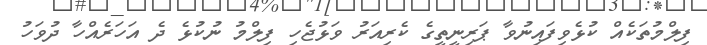
ފިލްމުތަކެއް ކުޅެވިފައިނުވާ ޕަރިނީތީގެ ކެރިއަރު ވަޅުޖެހި ފިލްމު ނުކުޅެ ދެ އަހަރެއްހާ ދުވަހު